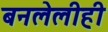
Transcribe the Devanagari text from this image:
बनलेलीही